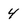
Character: 4